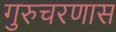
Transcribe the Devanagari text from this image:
गुरुचरणास